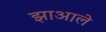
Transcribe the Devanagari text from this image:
झाआले